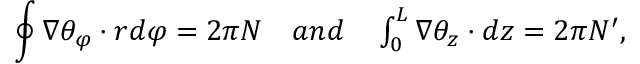
\oint \nabla \theta _ { \varphi } \cdot r d \varphi = 2 \pi N \quad \textstyle { a n d } \quad \int _ { 0 } ^ { L } \nabla \theta _ { z } \cdot d z = 2 \pi N ^ { \prime } ,